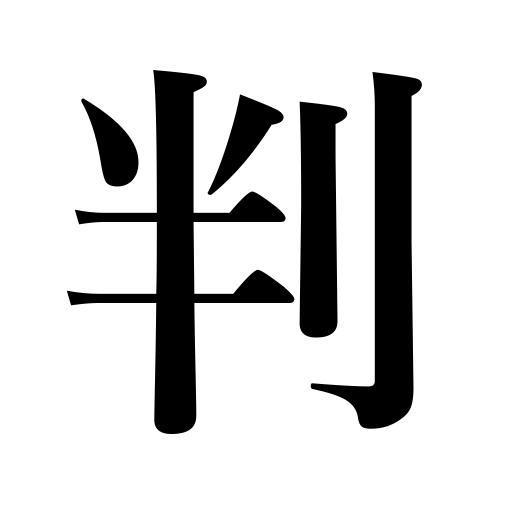
Meanings: stamp,a monogram signature,seal,judgment